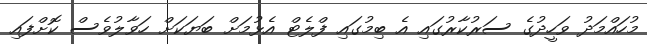
މުހައްމަދު ވަހީދުގެ ސަރުކާރުގައި އެ ބިމުގައި ފްލެޓް އެޅުމަށް ބަޔަކަށް ހަވާލުވެސް ކޮށްފައި